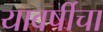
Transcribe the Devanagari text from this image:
यावर्षीचा